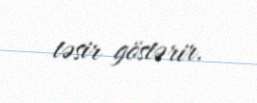
təsir göstərir.